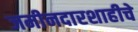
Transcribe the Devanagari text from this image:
जमीनदारशाहीचे